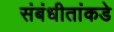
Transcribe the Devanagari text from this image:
संबंधीतांकडे